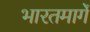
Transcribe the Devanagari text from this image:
भारतमार्गे